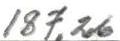
187,26